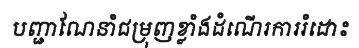
បញ្ជាណែនាំជម្រុញខ្លាំងដំណើរការរំដោះ